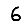
Digit: 6